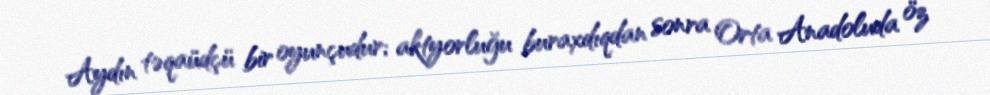
Aydın təqaüdçü bir oyunçudur; aktyorluğu buraxdıqdan sonra Orta Anadoluda öz